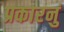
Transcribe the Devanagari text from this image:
प्रकारनुं